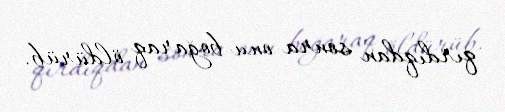
qırdıqdan sonra onu boğaraq öldürüb.